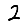
Digit: 2